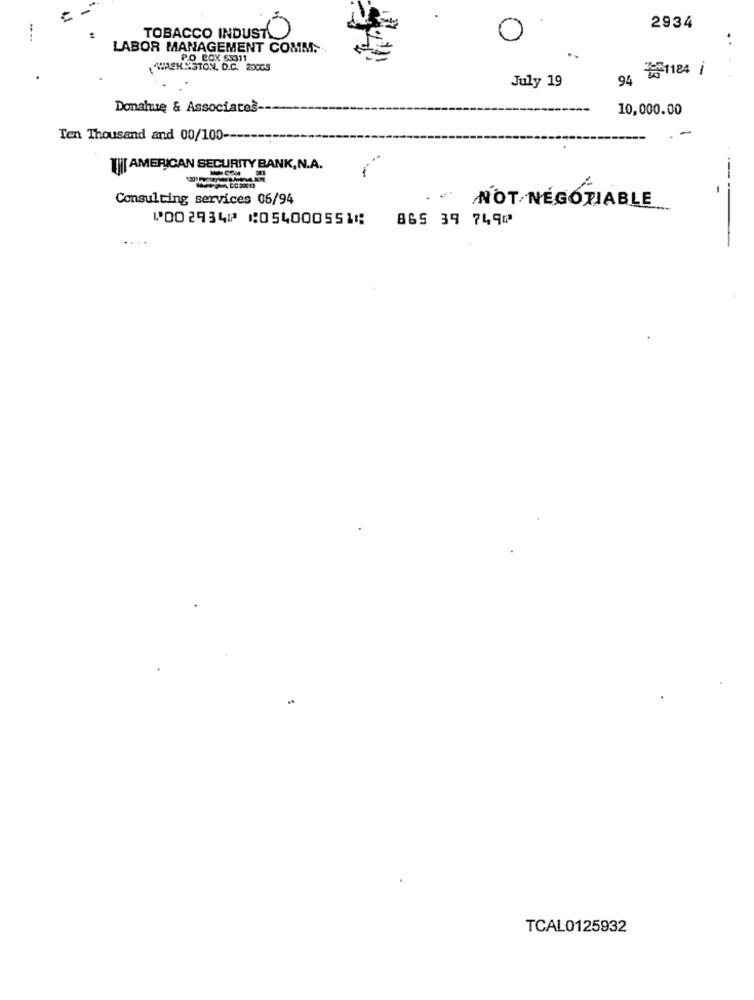
2934
TOBACCO INDUSTO
. .
LABOR MANAGEMENT COMM.
PO BOX 63311
..
REHNSTON, D.C. 200GS
路1124 i
July 19
94
Donahue & Associates
10,000.00
Ten Thousand and 00/100 --
[ AMERICAN SECURITY BANK, N.A.
----
Consulting services 06/94
NOT NEGOTIABLE
⑈002934⑈ ⑆054000551⑆
865 39 749⑈
TCAL0125932